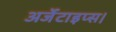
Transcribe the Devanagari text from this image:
अर्जेंटाइप्स।